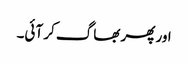
اور پھر بھاگ کر آئی۔